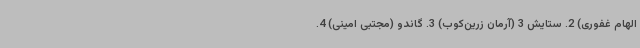
الهام غفوری) 2. ستایش 3 (آرمان زرین‌کوب) 3. گاندو (مجتبی امینی) 4.